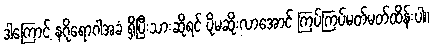
ဒါကြောင့် နဂိုရောဂါအခံ ရှိပြီးသားဆိုရင် ပိုမဆိုးလာအောင် ကြပ်ကြပ်မတ်မတ်ထိန်းပါ။